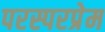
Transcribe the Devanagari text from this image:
परस्परप्रेम